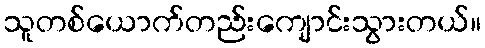
သူတစ်ယောက်တည်းကျောင်းသွားတယ်။